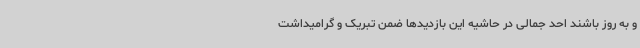
و به روز باشند احد جمالی در حاشیه این بازدیدها ضمن تبریک و گرامیداشت